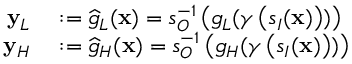
\begin{array} { r l } { \mathbf { y } _ { L } } & { { } : = \widehat { g } _ { L } ( \mathbf { x } ) = s _ { O } ^ { - 1 } \left( g _ { L } ( \gamma \left( s _ { I } ( \mathbf { x } ) \right) ) \right) } \\ { \mathbf { y } _ { H } } & { { } : = \widehat { g } _ { H } ( \mathbf { x } ) = s _ { O } ^ { - 1 } \left( g _ { H } ( \gamma \left( s _ { I } ( \mathbf { x } ) \right) ) \right) } \end{array}